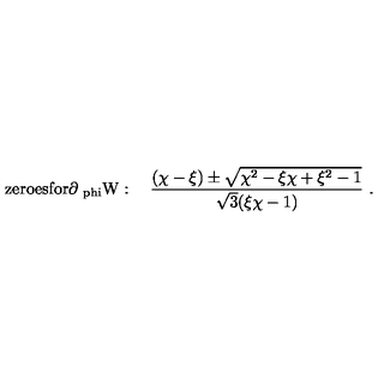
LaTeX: \mathrm { z e r o e s f o r \partial _ { \ p h i } W } : \quad { \frac { ( \chi - \xi ) \pm \sqrt { \chi ^ { 2 } - \xi \chi + \xi ^ { 2 } - 1 } } { \sqrt { 3 } ( \xi \chi - 1 ) } } \ .